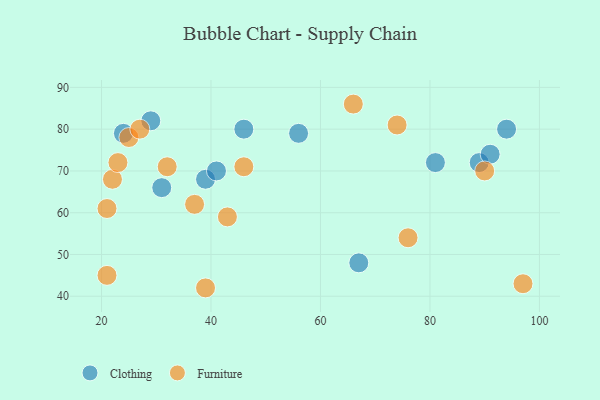
{"axis": {"x": "GDP", "y": "Life Expectancy"}, "legend": ["Clothing", "Furniture"], "data": [{"x": "31", "y": 66, "type": "Clothing"}, {"x": "39", "y": 68, "type": "Clothing"}, {"x": "94", "y": 80, "type": "Clothing"}, {"x": "46", "y": 80, "type": "Clothing"}, {"x": "24", "y": 79, "type": "Clothing"}, {"x": "41", "y": 70, "type": "Clothing"}, {"x": "56", "y": 79, "type": "Clothing"}, {"x": "81", "y": 72, "type": "Clothing"}, {"x": "29", "y": 82, "type": "Clothing"}, {"x": "89", "y": 72, "type": "Clothing"}, {"x": "67", "y": 48, "type": "Clothing"}, {"x": "91", "y": 74, "type": "Clothing"}, {"x": "22", "y": 68, "type": "Furniture"}, {"x": "21", "y": 61, "type": "Furniture"}, {"x": "76", "y": 54, "type": "Furniture"}, {"x": "23", "y": 72, "type": "Furniture"}, {"x": "37", "y": 62, "type": "Furniture"}, {"x": "25", "y": 78, "type": "Furniture"}, {"x": "21", "y": 45, "type": "Furniture"}, {"x": "90", "y": 70, "type": "Furniture"}, {"x": "43", "y": 59, "type": "Furniture"}, {"x": "74", "y": 81, "type": "Furniture"}, {"x": "32", "y": 71, "type": "Furniture"}, {"x": "46", "y": 71, "type": "Furniture"}, {"x": "97", "y": 43, "type": "Furniture"}, {"x": "66", "y": 86, "type": "Furniture"}, {"x": "39", "y": 42, "type": "Furniture"}, {"x": "27", "y": 80, "type": "Furniture"}]}